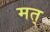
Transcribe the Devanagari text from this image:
मत्